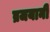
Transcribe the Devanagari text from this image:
व्रजयानी